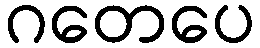
ဂတေပေ